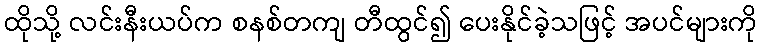
ထိုသို့ လင်းနီးယပ်က စနစ်တကျ တီထွင်၍ ပေးနိုင်ခဲ့သဖြင့် အပင်များကို